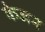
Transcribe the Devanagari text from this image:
केजन